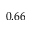
0 . 6 6